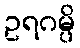
ဥရဂမ္ပိ